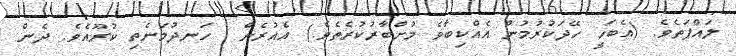
ލައްޕަތެވެ. (އެބަހީ ހޭދަކުރުމުން އެއްކިބާވެ މުށްބާރުކުރެތެވެ.) އެއުރެން  ހަނދުމަނެތި ކުރޫއެވެ. ދެން